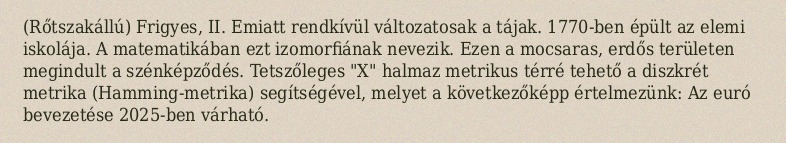
(Rőtszakállú) Frigyes, II. Emiatt rendkívül változatosak a tájak. 1770-ben épült az elemi iskolája. A matematikában ezt izomorfiának nevezik. Ezen a mocsaras, erdős területen megindult a szénképződés. Tetszőleges "X" halmaz metrikus térré tehető a diszkrét metrika (Hamming-metrika) segítségével, melyet a következőképp értelmezünk: Az euró bevezetése 2025-ben várható.